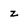
Character: z